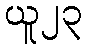
ယူ၂၃